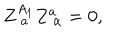
Z _ { \; a } ^ { A _ { 1 } } Z _ { \; \alpha } ^ { a } = 0 ,